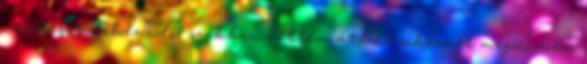
vezetését nehéz idô- szakban vettem át, de sikerült megôriznem